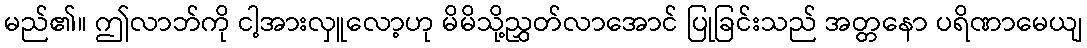
မည်၏။ ဤလာဘ်ကို ငါ့အားလှူလော့ဟု မိမိသို့ညွှတ်လာအောင် ပြုခြင်းသည် အတ္တနော ပရိဏာမေယျ